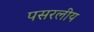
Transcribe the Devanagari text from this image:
पसरलीय